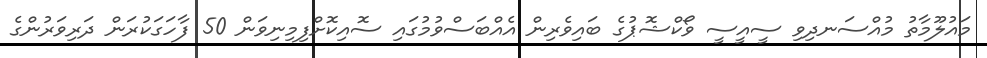
މައުލޫމާތު މުއްސަނދިވި ސީއީސީ ވޯކްޝޮޕުގެ ބައިވެރިން އެއްބަސްވުމުގައި ސޮއިކޮށްފިމިނިވަން 50 ފާހަގަކުރަން ދަރިވަރުންގެ